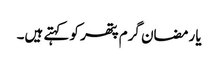
یا رمضان گرم پتھر کو کہتے ہیں۔